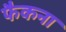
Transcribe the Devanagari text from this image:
फैकना